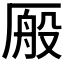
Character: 𫨕